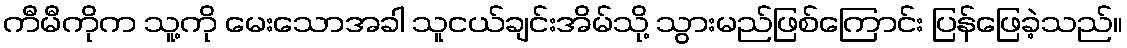
ကီမီကိုက သူ့ကို မေးသောအခါ သူငယ်ချင်းအိမ်သို့ သွားမည်ဖြစ်ကြောင်း ပြန်ဖြေခဲ့သည်။